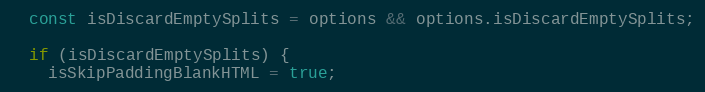
Language: JavaScript
  const isDiscardEmptySplits = options && options.isDiscardEmptySplits;

  if (isDiscardEmptySplits) {
    isSkipPaddingBlankHTML = true;